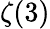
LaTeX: \zeta(3)